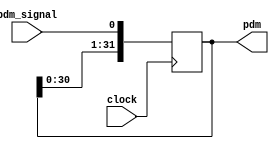
`timescale 1ns / 1ps


module shift_pdm(
           input wire pdm_signal,         //pdm
           input wire clock,
           //input wire [31:0] pdm_data,
           output reg [31:0] pdm
       );

// reg [2:0] count = 0;
// reg [31:0] pdm_array [0:`bound];


always @(posedge clock)
begin
    pdm <= {pdm[30:0] , pdm_signal};
end

endmodule